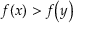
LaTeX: f \! \left( x \right) > f \! \left( y \right)